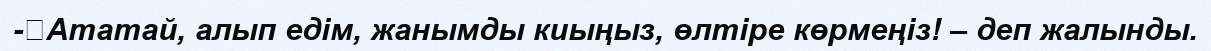
-	Ататай, алып едім, жанымды киыңыз, өлтіре көрмеңіз! – деп жалынды.